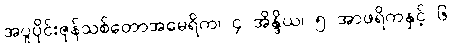
အပူပိုင်းဇုန်သစ်တောအမေရိက၊ ၄ အိန္ဒိယ၊ ၅ အာဖရိကနှင့် ၆